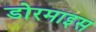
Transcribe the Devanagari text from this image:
डोरमाइस